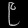
Digit: ၉